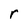
Character: r